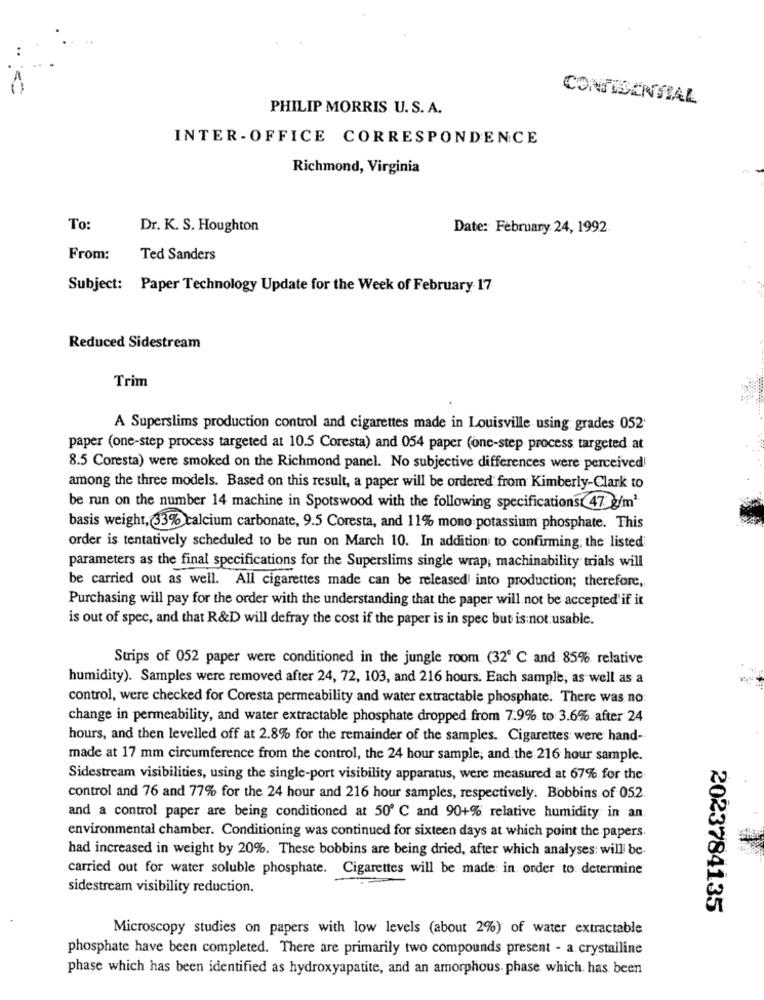
CONFIDENTIAL
PHILIP MORRIS U. S. A.
INTER-OFFICE CORRESPONDENCE
Richmond, Virginia
To:
Dr. K. S. Houghton
Date: February 24, 1992
From:
Ted Sanders
Subject: Paper Technology Update for the Week of February 17
Reduced Sidestream
Trim
A Superslims production control and cigarettes made in Louisville using grades 052'
paper (one-step process targeted at 10.5 Coresta) and 054 paper (one-step process targeted at
8.5 Coresta) were smoked on the Richmond panel. No subjective differences were perceived
among the three models. Based on this result, a paper will be ordered from Kimberly-Clark to
be run on the number 14 machine in Spotswood with the following specifications 47 g/m3
basis weight, 33% calcium carbonate, 9.5 Coresta, and 11% mono potassium phosphate. This
order is tentatively scheduled to be run on March 10. In addition to confirming, the listed
parameters as the final specifications for the Superslims single wrap, machinability trials will
be carried out as well. All cigarettes made can be released into production; therefore,
Purchasing will pay for the order with the understanding that the paper will not be accepted'if it
is out of spec, and that R&D will defray the cost if the paper is in spec but is not usable.
Strips of 052 paper were conditioned in the jungle room. (32º C and 85% relative
humidity). Samples were removed after 24, 72, 103, and 216 hours. Each sample, as well as a
control, were checked for Coresta permeability and water extractable phosphate. There was no:
change in permeability, and water extractable phosphate dropped from 7.9% to: 3.6% after 24
hours, and then levelled off at 2.8% for the remainder of the samples. Cigarettes were hand-
made at 17 mm circumference from the control, the 24 hour sample, and the 216 hour sample.
Sidestream visibilities, using the single-port visibility apparatus, were measured at 67% for the
control and 76 and 77% for the 24 hour and 216 hour samples, respectively. Bobbins of 052.
and a control paper are being conditioned at 50 ℃ and 90+% relative humidity in an
environmental chamber. Conditioning was continued for sixteen days at which point the papers.
had increased in weight by 20%. These bobbins are being dried, after which analyses will be.
carried out for water soluble phosphate. Cigarettes will be made: in order to determine
sidestream visibility reduction.
2023784135
Microscopy studies on papers with low levels (about 2%) of water extractable
phosphate have been completed. There are primarily two compounds present - a crystalline
phase which has been identified as hydroxyapatite, and an amorphous. phase which has been